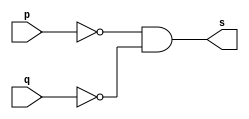
// -------------------------
// Exercicio0005 - NOR (De Morgan)
// Nome: Breno Macena Pereira de Souza
// -------------------------

// -------------------------
// -- nor gate
// -------------------------
module norgate (output s, input p, input q);
assign s = ~p & ~q;
endmodule // norgate

// -------------------------
// -- test nor gate
// -------------------------
module testnorgate;
// ------------------------- dados locais
reg a, b;
wire s;
// ------------------------- instncia
norgate NOR1 (s, a, b);
// ------------------------- preparao
initial begin:start
a=0; 
b=0; 
end

// ------------------------- parte principal
initial begin:main
     $display("Exerccio 0005 - Breno Macena - 462017");
     $display("Test NOR gate:");
     $display("\n~a & ~b = s\n");
     a=0; b=0;
#1   $display("~%b & ~%b = %b", a, b, s);
     a=0; b=1;
#1   $display("~%b & ~%b = %b", a, b, s);		
     a=1; b=0;
#1   $display("~%b & ~%b = %b", a, b, s);		
     a=1; b=1;
#1   $display("~%b & ~%b = %b", a, b, s);		

end
endmodule // testnorgate